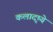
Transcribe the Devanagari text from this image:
कलादृष्ये